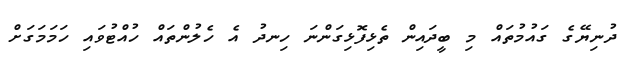
ދުނިޔޭގެ ގައުމުތައް މި ބީދައިން ތެޅިފޮޅިގަންނަ ހިނދު އެ ހެލުންތައް ހުއްޓުވައި ހަމަމަގަށް